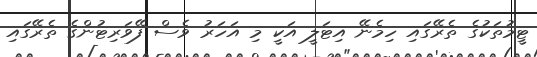
ޓީމުތަކުގެ ތެރޭގައި ހިމެނޭ އިޓަލީ އަކީ މި އަހަރު ވެސް ފޭވަރިޓުންގެ ތެރޭގައި